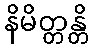
နိမိတ္တန္တိ